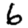
Digit: 6